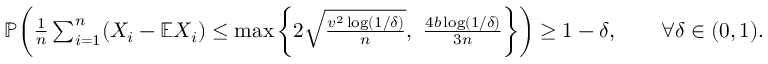
\begin{array} { r } { \mathbb { P } \bigg ( \frac { 1 } { n } \sum _ { i = 1 } ^ { n } ( X _ { i } - \mathbb { E } X _ { i } ) \leq \operatorname* { m a x } \bigg \{ 2 \sqrt { \frac { v ^ { 2 } \log ( 1 / \delta ) } { n } } , ~ \frac { 4 b \log ( 1 / \delta ) } { 3 n } \bigg \} \bigg ) \geq 1 - \delta , \qquad \forall \delta \in ( 0 , 1 ) . } \end{array}